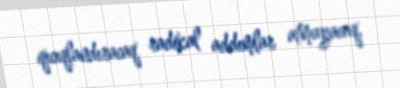
qıcıqlandıracaq radikal addımlar atmayacaq.